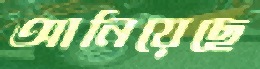
আনিয়েছে